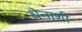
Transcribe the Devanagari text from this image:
धनाशी